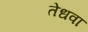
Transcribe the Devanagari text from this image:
तेधवा